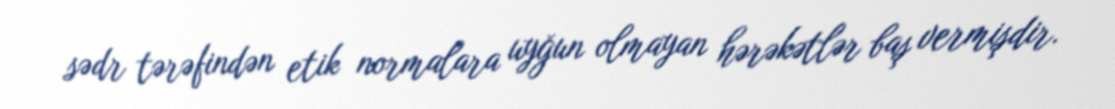
sədr tərəfindən etik normalara uyğun olmayan hərəkətlər baş vermişdir.